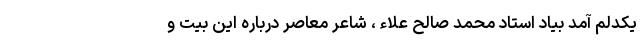
یکدلم آمد بیاد استاد محمد صالح علاء ، شاعر معاصر درباره این بیت و